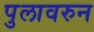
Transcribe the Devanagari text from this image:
पुलावरुन